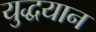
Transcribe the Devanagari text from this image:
युद्धयान